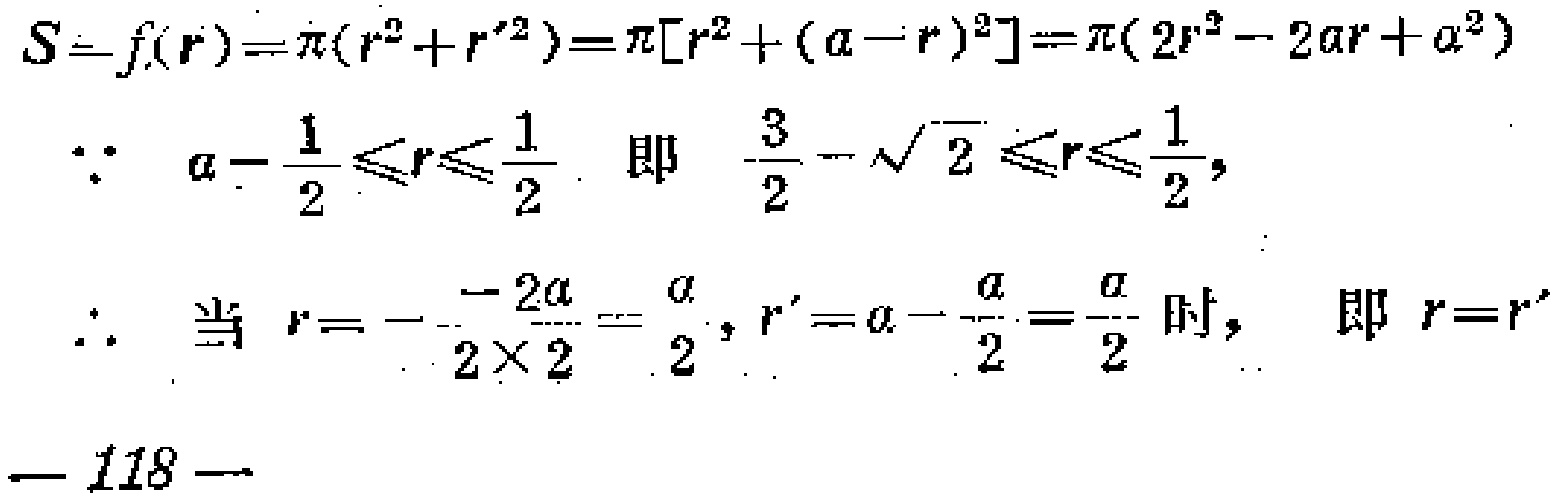
\[
\begin{align*}
S = f(r)&=\pi(r^{2}+r'^{2})=\pi[r^{2}+(a - r)^{2}]=\pi(2r^{2}-2ar + a^{2})\\
\because\quad a-\frac{1}{2}&\leqslant r\leqslant\frac{1}{2}\quad \text{即}\quad \frac{3}{2}-\sqrt{2}\leqslant r\leqslant\frac{1}{2},\\
\therefore\quad \text{当}\quad r&=-\frac{-2a}{2\times 2}=\frac{a}{2},r'=a - \frac{a}{2}=\frac{a}{2}\text{时},\quad \text{即}\quad r = r'\\
-118&-
\end{align*}
\]